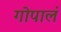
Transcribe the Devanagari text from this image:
गोपालं